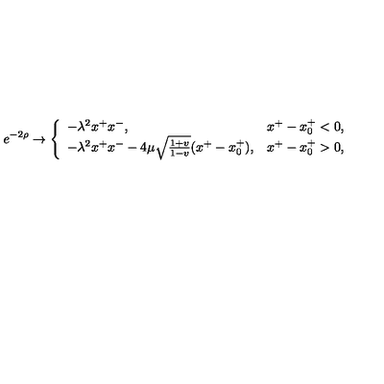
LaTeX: e ^ { - 2 \rho } \rightarrow \left\{ \begin{array} { l l } { - \lambda ^ { 2 } x ^ { + } x ^ { - } , } & { x ^ { + } - x _ { 0 } ^ { + } < 0 , } \\ { - \lambda ^ { 2 } x ^ { + } x ^ { - } - 4 \mu \sqrt { \frac { 1 + v } { 1 - v } } ( x ^ { + } - x _ { 0 } ^ { + } ) , } & { x ^ { + } - x _ { 0 } ^ { + } > 0 , } \\ \end{array} \right.